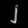
Digit: ၂